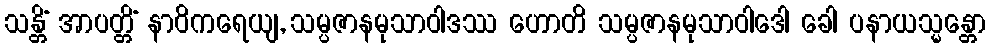
သန္တိံ အာပတ္တိံ နာဝိကရေယျ, သမ္ပဇာနမုသာဝါဒဿ ဟောတိ သမ္ပဇာနမုသာဝါဒေါ ခေါ ပနာယသ္မန္တော